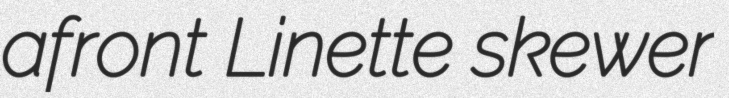
afront Linette skewer